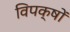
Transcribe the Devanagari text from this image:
विपक्षों